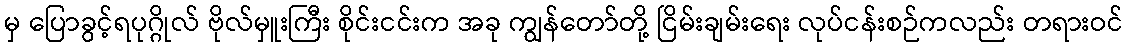
မှ ပြောခွင့်ရပုဂ္ဂိုလ် ဗိုလ်မှူးကြီး စိုင်းငင်းက အခု ကျွန်တော်တို့ ငြိမ်းချမ်းရေး လုပ်ငန်းစဉ်ကလည်း တရားဝင်